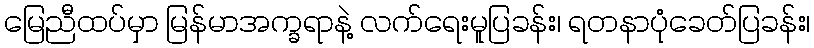
မြေညီထပ်မှာ မြန်မာအက္ခရာနဲ့ လက်ရေးမူပြခန်း၊ ရတနာပုံခေတ်ပြခန်း၊